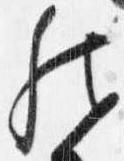
然